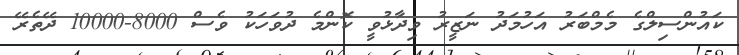
ކައުންސިލްގެ މެމްބަރު އަހުމަދު ނަޒީރު ވިދާޅުވީ ކޮންމެ ދުވަހަކު ވެސް 8000-10000 ދޭތެރޭ